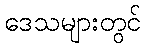
ဒေသများတွင်